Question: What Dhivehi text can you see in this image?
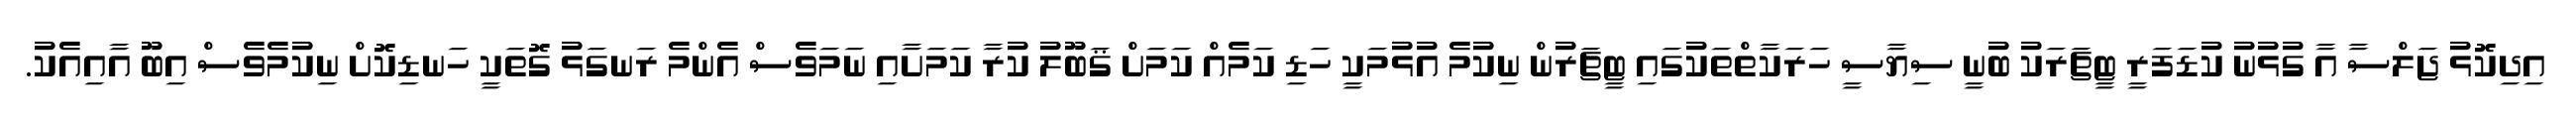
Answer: އިދިކޮޅު ޖަލްސާ އާ ގުޅުނު ކުޑަފަރީ ޓީޗަރަކު ބުނީ ސިޔާސީ ހަރަކާތްތަކުގައި ޓީޗަރުން ނިކުމެ އުޅުމަކީ ހަޑި ކަމެއް ކަމަށް ޤަބޫލު ކުރާ ކަމަށާއި ނަމަވެސް އެންމެ ރަނގަޅު ގޮތަކީ ހަނޑިކޮށް ނިކުމެވެސް އިބޫ އާއިއެކު.